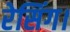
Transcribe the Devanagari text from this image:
रेसिंग।